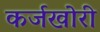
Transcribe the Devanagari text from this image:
कर्जखोरी